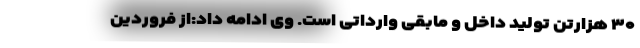
۳۰ هزارتن تولید داخل و مابقی وارداتی است. وی ادامه داد:از فروردین